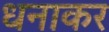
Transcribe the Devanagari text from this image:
धनाकर